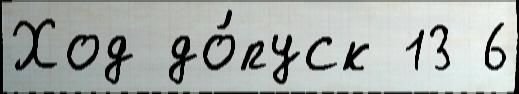
Ход до́пуск 13 6